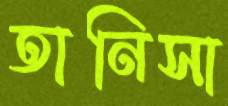
তানিসা